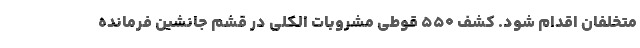
متخلفان اقدام شود. کشف 550 قوطی مشروبات الکلی در قشم جانشین فرمانده